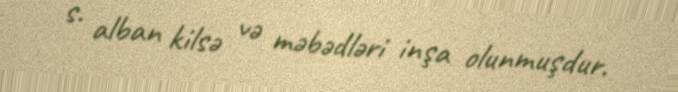
s. alban kilsə və məbədləri inşa olunmuşdur.